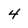
Character: 4